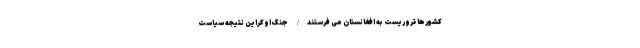
کشورها تروریست‌ به افغانستان می‌ فرستند/ جنگ اوکراین نتیجه سیاست